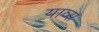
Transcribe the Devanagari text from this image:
याव्स